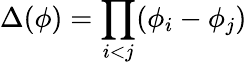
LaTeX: \Delta(\phi)=\prod_{i<j}(\phi_{i}-\phi_{j})